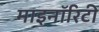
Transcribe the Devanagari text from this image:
माइनॉरिटी